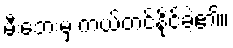
မီးဘေးမှ ကယ်တင်နိုင်ခဲ့၏။